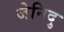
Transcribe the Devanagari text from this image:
जेनिदु